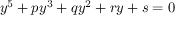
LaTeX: y ^ { 5 } + p y ^ { 3 } + q y ^ { 2 } + r y + s = 0